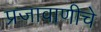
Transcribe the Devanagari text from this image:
प्रजावाणीचे